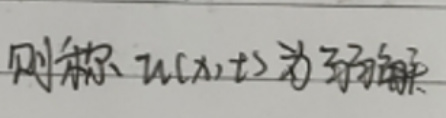
则称 \(u(x,t)\) 为弦解